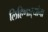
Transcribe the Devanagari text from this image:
लिहिणार्‍यांना